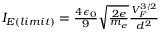
\begin{array} { r } { I _ { E ( l i m i t ) } = \frac { 4 \epsilon _ { 0 } } { 9 } \sqrt { \frac { 2 e } { m _ { e } } } \frac { V _ { F } ^ { 3 / 2 } } { d ^ { 2 } } } \end{array}